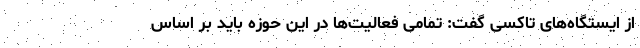
از ایستگاه‌های تاکسی گفت: تمامی فعالیت‌ها در این حوزه باید بر اساس